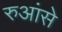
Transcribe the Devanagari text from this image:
रुआंसे